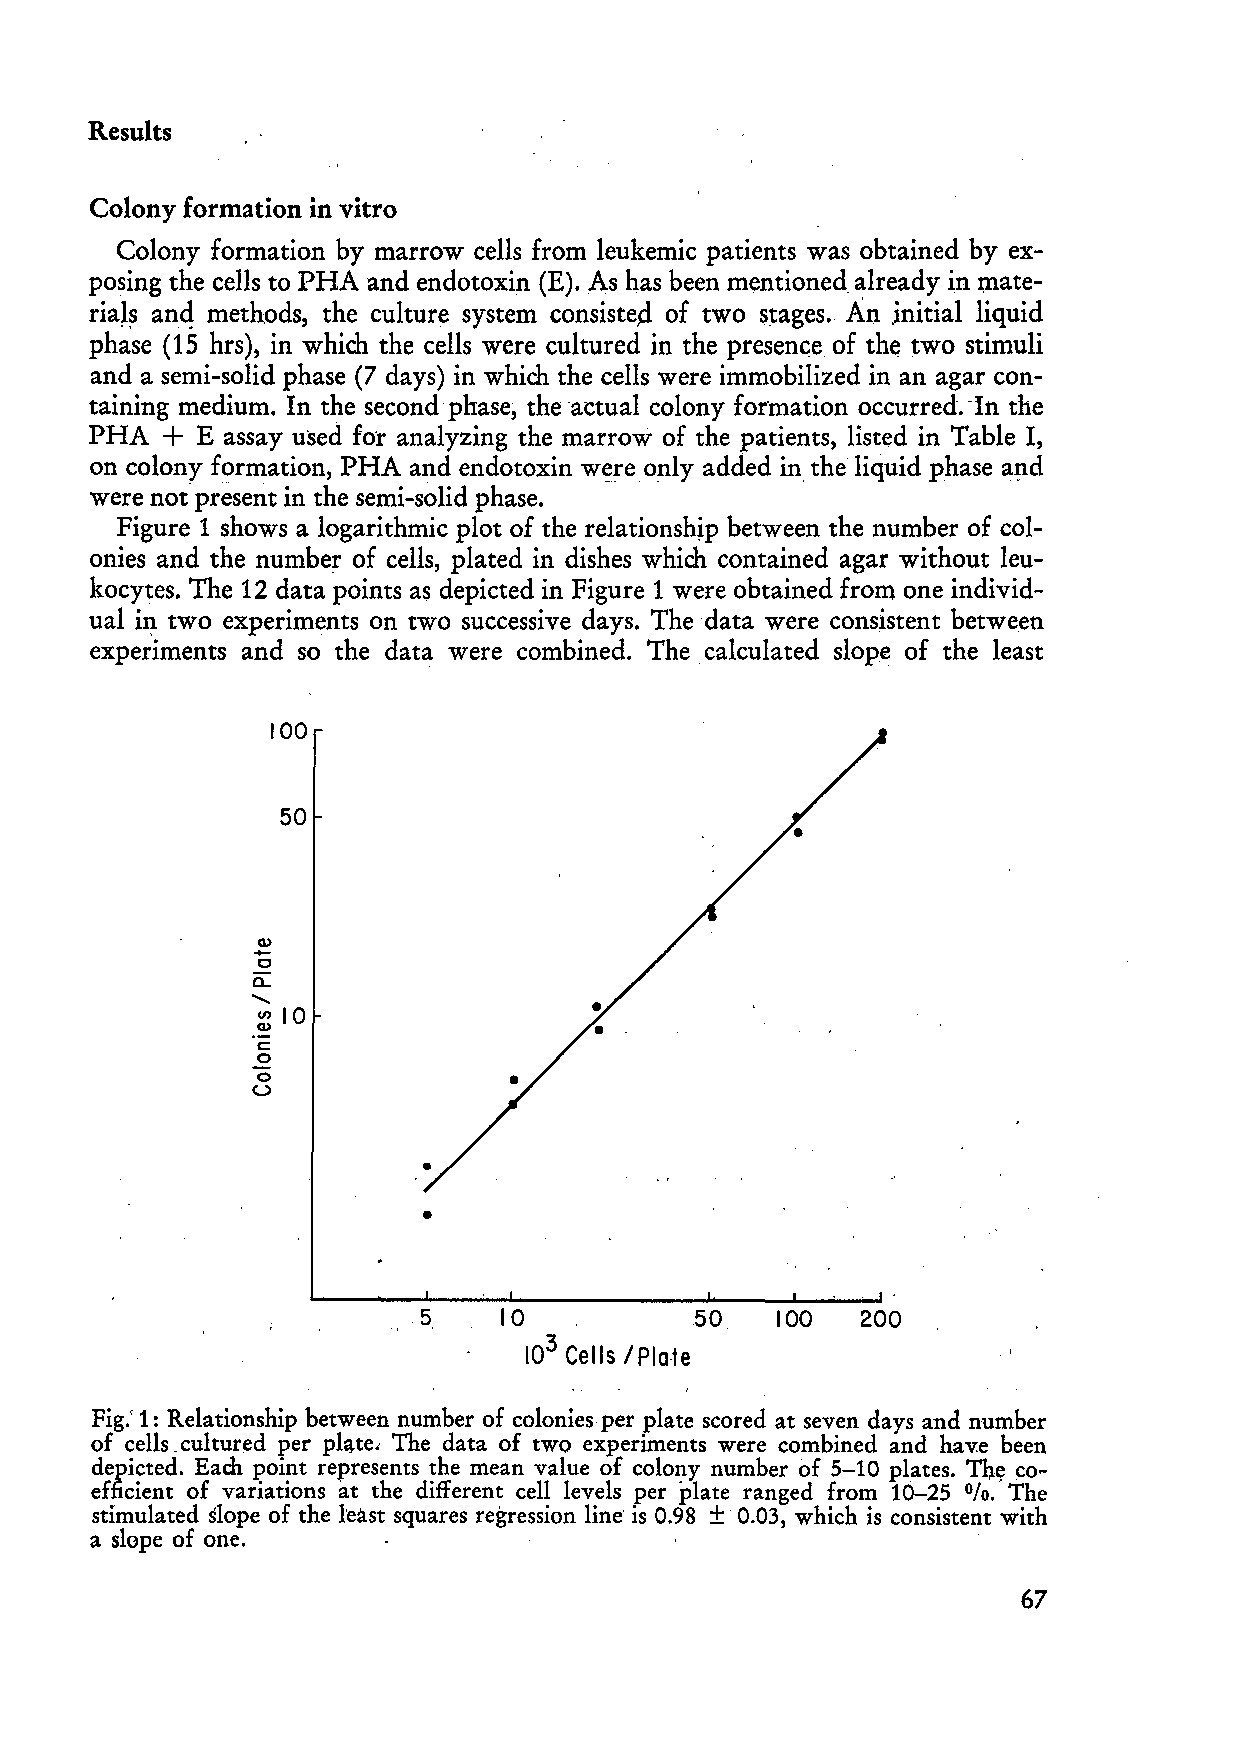
Results
 Colony formation in vitro
 Colony formation by marrow cells from leukemic patients was obtained by ex
 posing the cells to PHA and endotoxin (E). As has been mentioned. already in mate
 ria~~ anq methods, the culture system consiste.d of two s~ages. An. initial liquid
 phase (15 hrs), in which the cells were cultured in the presence.of the two stimuli
 and a semi-solid phase (7 days) in which the cells were immobilized in an ag ar con
 taining medium. In the second phase, theactual colony formation occurred. -In the
 +
 PHA    E assay used for analyzing the marrow of the patients, listed in Table I,
 on colony formation, PHA and endotoxin w~re only added in the liquid phase a~d
 were not present in the semi-solid phase.
 Figure 1 shows a logarithmic plot of the relationshjp between the number of col
 onies and the number of ceIls, plated in dishes which contained agar without leu
 kocytes. The 12 data points as depicted in Figure 1 were obtained from one individ
 ual i~ two experiments on two successive days. The data were consistent between
 experiments and so the data were combined. The calculated slope of the least
 100
 50
 -
 Cl)
 o
 CL
 ........
 "'10
 Cl)
 c:
 o
 o
 U
 •
 1050               100  200
 3
 10 Cells /Plate
 Fig.' 1: Relationship between number of colonies per plate scored at seven days and number
 of cells .cultured per pl~te. The data of two experiments were combined and hav.e been
 depicted. Each point represents the mean value of colony number of 5-10 plates. The co
 efficient of variations at the different cell levels per plate ranged from 10-25 The
 0/0.'
 stimulated dope of the least squares regression line is 0.98 ± 0.03, which is consistent with
 a slope of one.
 67